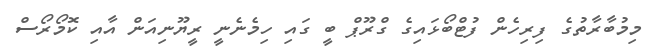
މިމުބާރާތުގެ ފިރިހެން ފުޓްބޯޅައިގެ ގްރޫޕް ބީ ގައި ހިމެނެނީ ރީޔޫނިއަން އާއި ކޮމޯރޯސް